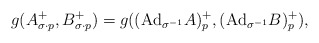
\begin{align*} g( A^+_{\sigma\cdot p}, B^+_{\sigma \cdot p}) =g((\mathrm{Ad}_{\sigma ^{-1}} A)^+_p, (\mathrm{Ad}_{\sigma ^{-1}} B)^+_p), \end{align*}